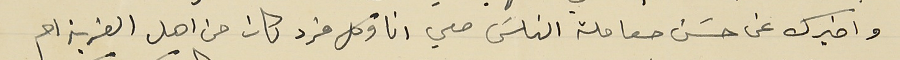
واخبرك عن حسَن معاملة الناسَ معي انا وكل فرد كان من اهل القرية ام